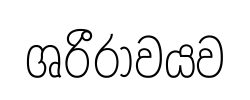
ශරීරාවයව